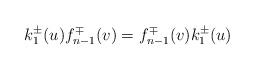
LaTeX: \begin{align*}k_{1}^{\pm}(u)f_{n-1}^{\mp}(v)=f_{n-1}^{\mp}(v)k_{1}^{\pm}(u)\end{align*}